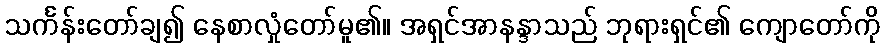
သင်္ကန်းတော်ချ၍ နေစာလှုံတော်မူ၏။ အရှင်အာနန္ဒာသည် ဘုရားရှင်၏ ကျောတော်ကို